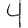
Digit: 4